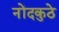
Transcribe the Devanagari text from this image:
नोंदकुठे